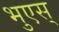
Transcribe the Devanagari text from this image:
भुएस्‌